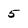
Character: 5